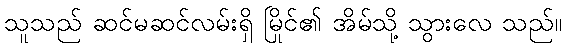
သူသည် ဆင်မဆင်လမ်းရှိ မြိုင်၏ အိမ်သို့ သွားလေ သည်။